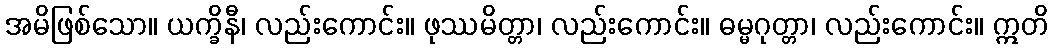
အမိဖြစ်သော။ ယက္ခိနီ၊ လည်းကောင်း။ ဖုဿမိတ္တာ၊ လည်းကောင်း။ ဓမ္မဂုတ္တာ၊ လည်းကောင်း။ ဣတိ